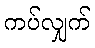
ကပ်လျှက်